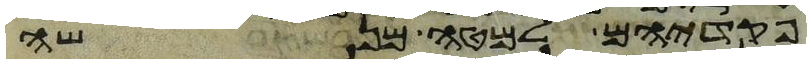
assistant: פקדיהם למטה מנשה